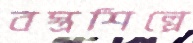
বস্ত্রশিল্পে